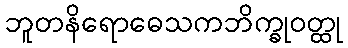
ဘူတနိရောဓေသကဘိက္ခုဝတ္ထု